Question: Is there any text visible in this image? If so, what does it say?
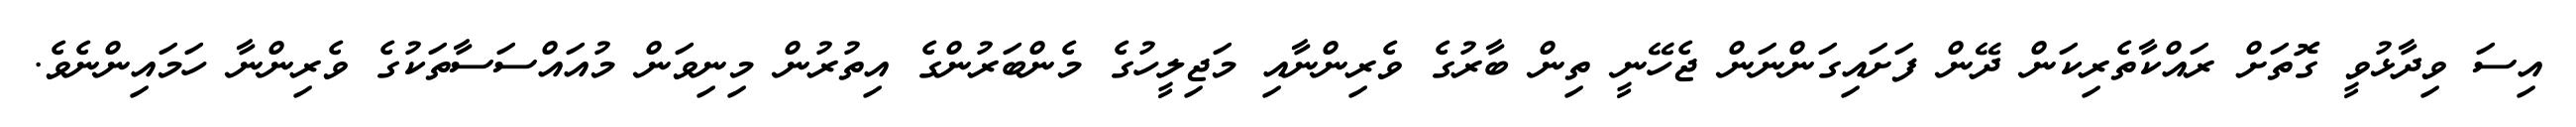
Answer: އިސަ ވިދާޅުވީ ގޮތަށް ރައްކާތެރިކަން ދޭން ފަށައިގަންނަން ޖެހޭނީ ތިން ބާރުގެ ވެރިންނާއި މަޖިލީހުގެ މެންބަރުންގެ އިތުރުން މިނިވަން މުއައްސަސާތަކުގެ ވެރިންނާ ހަމައިންނެވެ.